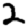
Digit: 2